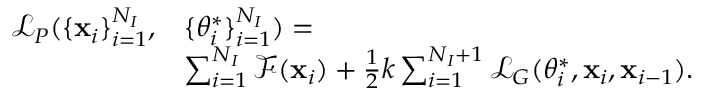
\begin{array} { r l } { \mathcal L _ { P } ( \{ \mathbf x _ { i } \} _ { i = 1 } ^ { N _ { I } } , } & { \{ \theta _ { i } ^ { * } \} _ { i = 1 } ^ { N _ { I } } ) = } \\ & { \sum _ { i = 1 } ^ { N _ { I } } \mathcal { F } ( \mathbf { x } _ { i } ) + \frac { 1 } { 2 } k \sum _ { i = 1 } ^ { N _ { I } + 1 } \mathcal L _ { G } ( \theta _ { i } ^ { * } , \mathbf x _ { i } , \mathbf x _ { i - 1 } ) . } \end{array}